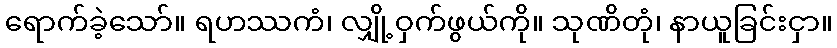
ရောက်ခဲ့သော်။ ရဟဿကံ၊ လျှို့ဝှက်ဖွယ်ကို။ သုဏိတုံ၊ နာယူခြင်းငှာ။